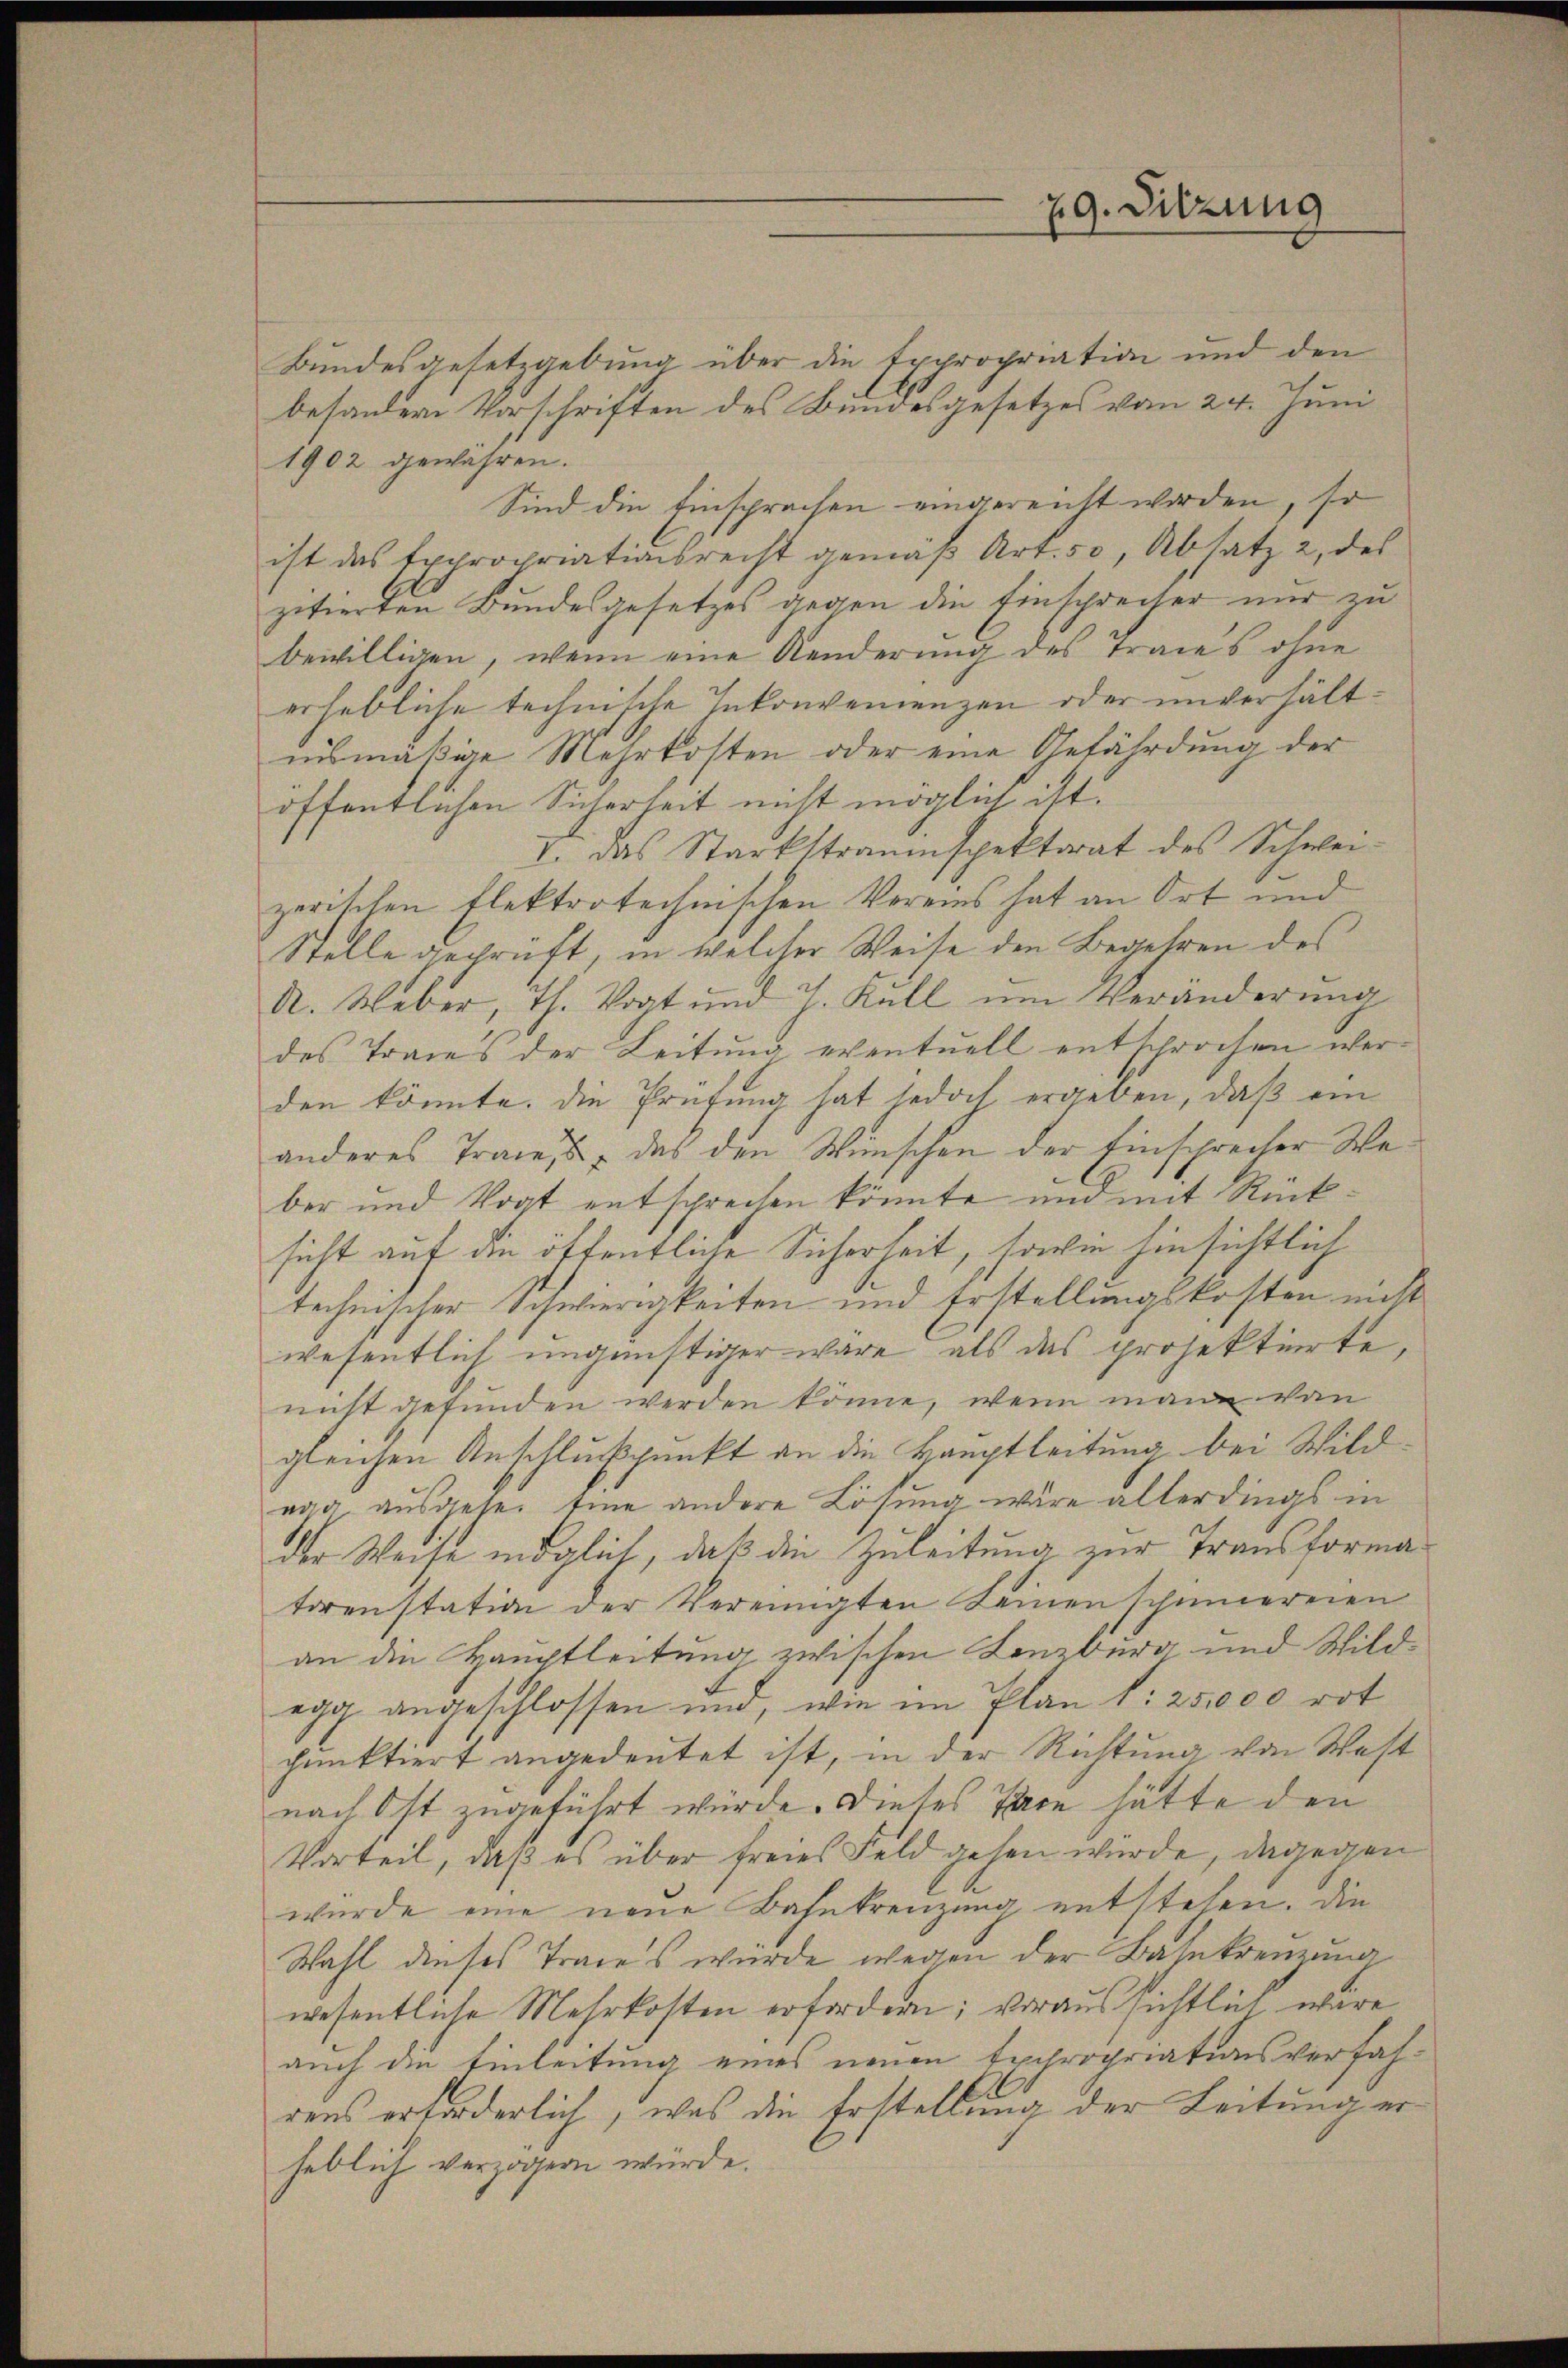
Bundesgesetzgebung über die Expropriation und den
besondere Vorschriften des Bundesgesetzes vom 24. Juni
1902 gewähren.
Sind die Einsprachen eingereicht worden, so
ist das Expropriationsrecht gemäß Art. 50, Absatz 2 des
zitierten Bundesgesetzes gegen die Einsprecher nur zu
bewilligen, wenn eine Kinderung des Traces ohne
erhebliche technische Inkonvenienzen oder unverhältinsmäßige Mehrkosten oder eine Gefährdung der
öffentlichen Sicherheit nicht möglich ist.
I. Das Starkstrauinspektorat des Schweizerischen flektrotechnischen Vereins hat an Ort und
Stelle geprüft, in welcher Weise den Begehren des
A. Weber, Th. Vogt und J. Kall um Veränderung
des Traces der Leitŭng eventuell entsprochen werden könnte. Die Prüfung hat jedoch ergeben, daß ein
anderes Traces, das den Wünschen der Einsprecher Weber und Vogt entsprechen könnte und mit Rücksicht auf die öffentliche Sicherheit, sowie hinsichtlich
technischer Schwierigkeiten und Erstellungskosten nicht
wesentlich ungünstiger wäre, als das projektierte,
nicht gefunden werden könne, wenn mann von
gleichen Anschlußpunkt an die Hauptleitung bei Wildaag ausgehe eine andere Lösung wäre allerdings in
der Weise möglich, daß die Zuleitung zur Transforma
torenstation der Vereinigten seinen schinnereien
an die Hauptleitung zwischen Lenzburg und Wildegg angeschlossen und, wie im Plan 1: 25,000 rot
cunktiert angedeutet ist, in der Richtung von West
nach Ost zugeführt würde. Dieses Pace hätte den
Vorteil, daß es über freies Feld gehen würde, dagegen
wurde eine neue Bahntrenzung entstehen. Die
Wahl dieses Traces würde wegen der Bahntrenzung
wesentliche Mehrkosten erfordern; voraussichtlich wäre
auch die Einleitung eines neuen Expropriationsverfahdens erforderlich, was die Erstellung der Leitung erheblich verzögern würde.

29. Sitzung